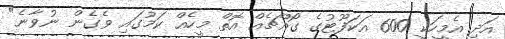
އަދި އެމީހަކީ 600 އަކަފޫޓުގެ ގޯއްޗެއް އޮތް މީހެއް ކަމުގައި ވެގެން ނުވާނެ"